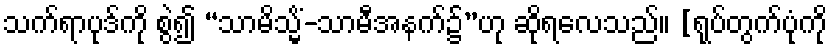
သက်ရာပုဒ်ကို စွဲ၍ “သာမိသ္မိံ-သာမီအနက်၌”ဟု ဆိုရလေသည်။ [ရုပ်တွက်ပုံကို